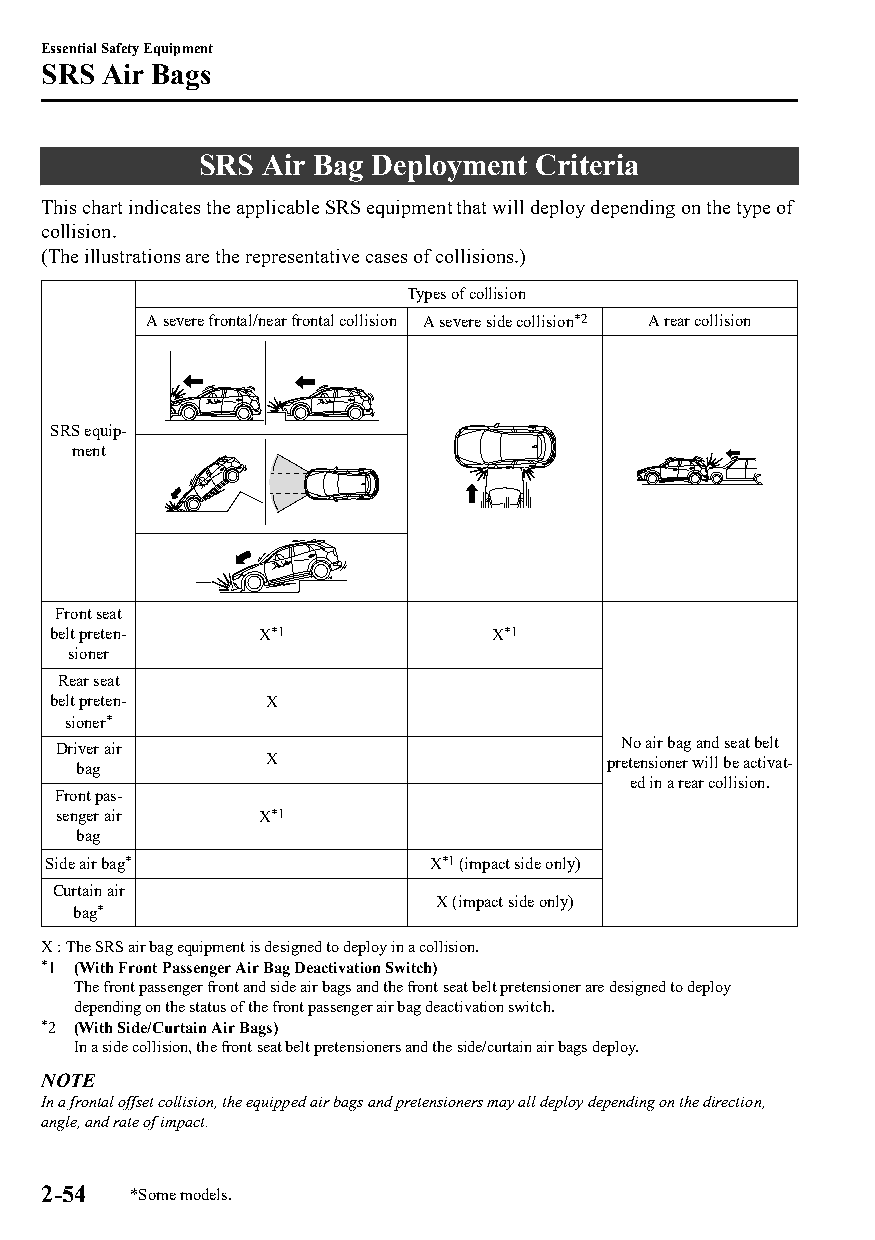
Essential Safety Equipment
 SRS Air Bags
 SRS Air Bag Deployment Criteria
 This chart indicates the applicable SRS equipment that will deploy depending on the type of
 collision.
 (The illustrations are the representative cases of collisions.)
 Types of collision
 A severe frontal/near frontal collision A severe side collision*2 A rear collision
 SRS equip‐
 ment
 Front seat
 belt preten‐  X*1            X*1
 sioner
 Rear seat
 belt preten‐  X
 sioner*
 Driver air                            No air bag and seat belt
 bag         X                      pretensioner will be activat‐
 ed in a rear collision.
 Front pas‐
 senger air    X*1
 bag
 Side air bag*            X*1 (impact side only)
 Curtain air
 X (impact side only)
 bag*
 X : The SRS air bag equipment is designed to deploy in a collision.
 *1 (With Front Passenger Air Bag Deactivation Switch)
 The front passenger front and side air bags and the front seat belt pretensioner are designed to deploy
 depending on the status of the front passenger air bag deactivation switch.
 *2 (With Side/Curtain Air Bags)
 In a side collision, the front seat belt pretensioners and the side/curtain air bags deploy.
 NOTE
 In a frontal offset collision, the equipped air bags and pretensioners may all deploy depending on the direction,
 angle, and rate of impact.
 2-54  *Some models.
 CX-3_8GT4-EE-18D_Edition4                  2018-9-6 18:32:19